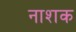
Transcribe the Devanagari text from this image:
नाश्‍ाक